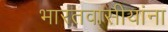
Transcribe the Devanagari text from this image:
भारतवासीयांना